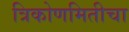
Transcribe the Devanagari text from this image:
त्रिकोणमितीचा